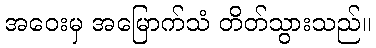
အဝေးမှ အမြောက်သံ တိတ်သွားသည်။